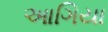
આગિયા